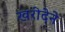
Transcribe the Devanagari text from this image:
खरीदेने